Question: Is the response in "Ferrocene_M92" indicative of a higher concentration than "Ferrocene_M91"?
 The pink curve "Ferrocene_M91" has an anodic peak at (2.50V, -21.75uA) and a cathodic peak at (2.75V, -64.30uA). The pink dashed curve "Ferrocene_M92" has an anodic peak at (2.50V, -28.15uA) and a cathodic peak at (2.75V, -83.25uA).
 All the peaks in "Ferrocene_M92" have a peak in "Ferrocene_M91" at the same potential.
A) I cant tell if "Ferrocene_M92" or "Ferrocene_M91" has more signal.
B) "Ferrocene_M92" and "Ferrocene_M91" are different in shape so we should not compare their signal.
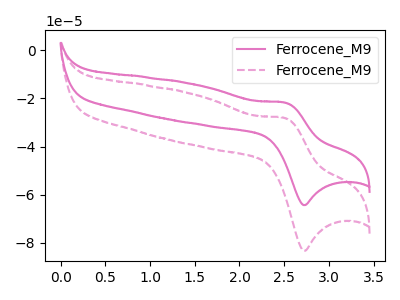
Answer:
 <answer>A) I cant tell if "Ferrocene_M92" or "Ferrocene_M91" has more signal.</answer>
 <eval>A</eval>